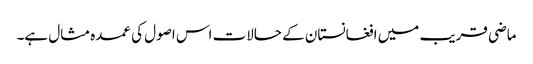
ماضی قریب میں افغانستان کے حالات اس اصول کی عمدہ مثال ہے۔